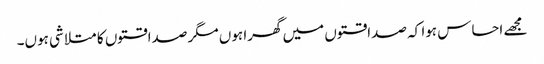
مجھے احساس ہوا کہ صداقتوں میں گھرا ہوں مگر صداقتوں کا متلاشی ہوں۔